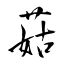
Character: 菇